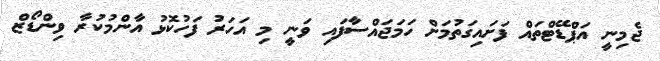
ޖެމިނީ އަޕްޑޭޓްތައް ފަށައިގަތުމަށް ހަމަޖައްސާފައި ވަނީ މި އަހަރު ފަހުކޮޅު އާންމުކުރާ ވިންޑޯޒް